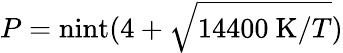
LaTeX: P=\mathrm{nint}(4+\sqrt{14400~\mathrm{K}/T})